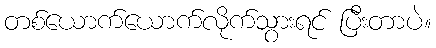
တစ်ယောက်ယောက်လိုက်သွားရင် ပြီးတာပဲ။